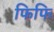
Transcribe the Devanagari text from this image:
फिफि